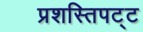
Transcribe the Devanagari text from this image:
प्रशस्तिपट्ट